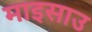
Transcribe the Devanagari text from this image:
माइसाउ